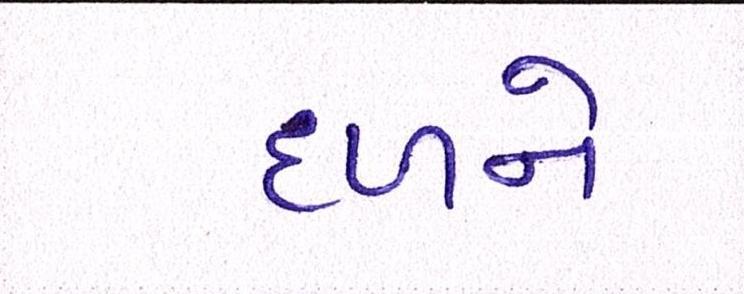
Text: દળને